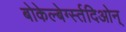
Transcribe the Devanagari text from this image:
बोकेल्बेर्ग्स्तदिओन्